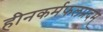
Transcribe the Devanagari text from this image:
हीनकर्मफलप्रदम्